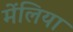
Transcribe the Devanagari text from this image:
मेंलिया